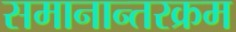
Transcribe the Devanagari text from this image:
समानान्तरक्रम